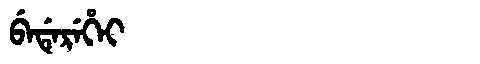
Manchu: ᠪᡝᡩᡝᡵᡝᡥᡝᡳ
Romanization: BEDEREHEI